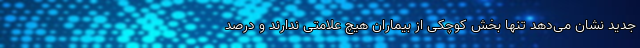
جدید نشان می‌دهد تنها بخش کوچکی از بیماران هیچ علامتی ندارند و درصد